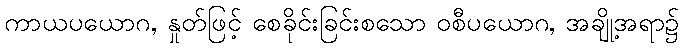
ကာယပယောဂ, နှုတ်ဖြင့် စေခိုင်းခြင်းစသော ဝစီပယောဂ, အချို့အရာ၌